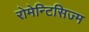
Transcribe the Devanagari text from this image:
रोमेन्टिसिज्म